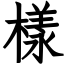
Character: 樣